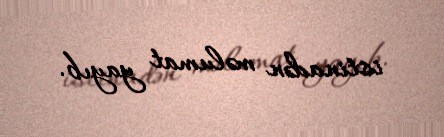
istinadən məlumat yayıb.